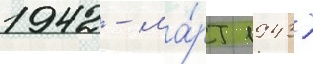
1942 - ма́рт 1943)